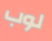
لوب